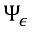
\Psi _ { \epsilon }